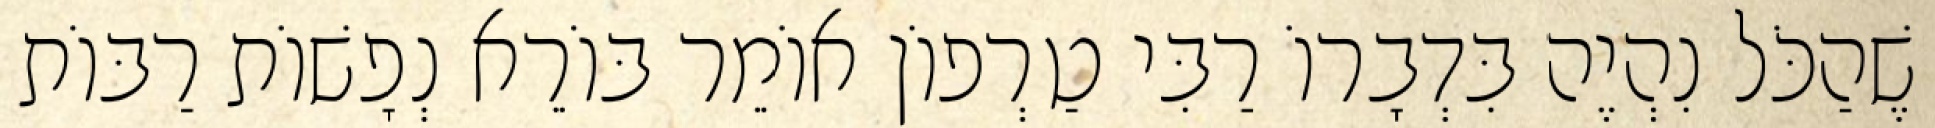
שֶׁהַכֹּל נִהְיֶה בִּדְבָרוֹ רַבִּי טַרְפוֹן אוֹמֵר בּוֹרֵא נְפָשׁוֹת רַבּוֹת